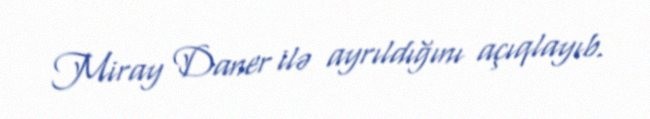
Miray Daner ilə ayrıldığını açıqlayıb.